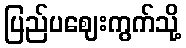
ပြည်ပဈေးကွက်သို့